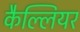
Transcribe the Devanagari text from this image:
कैल्लियर